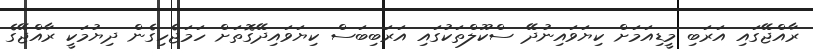
ރާއްޖޭގައި އަރަބި މީޑިއަމަށް ކިޔަވައިނުދޭ ސްކޫލްތަކުގައި އަރަބިބަސް ކިޔަވައިދޭގޮތަށް ހަމަޖެހިގެން ދިޔުމަކީ ރާއްޖޭގެ